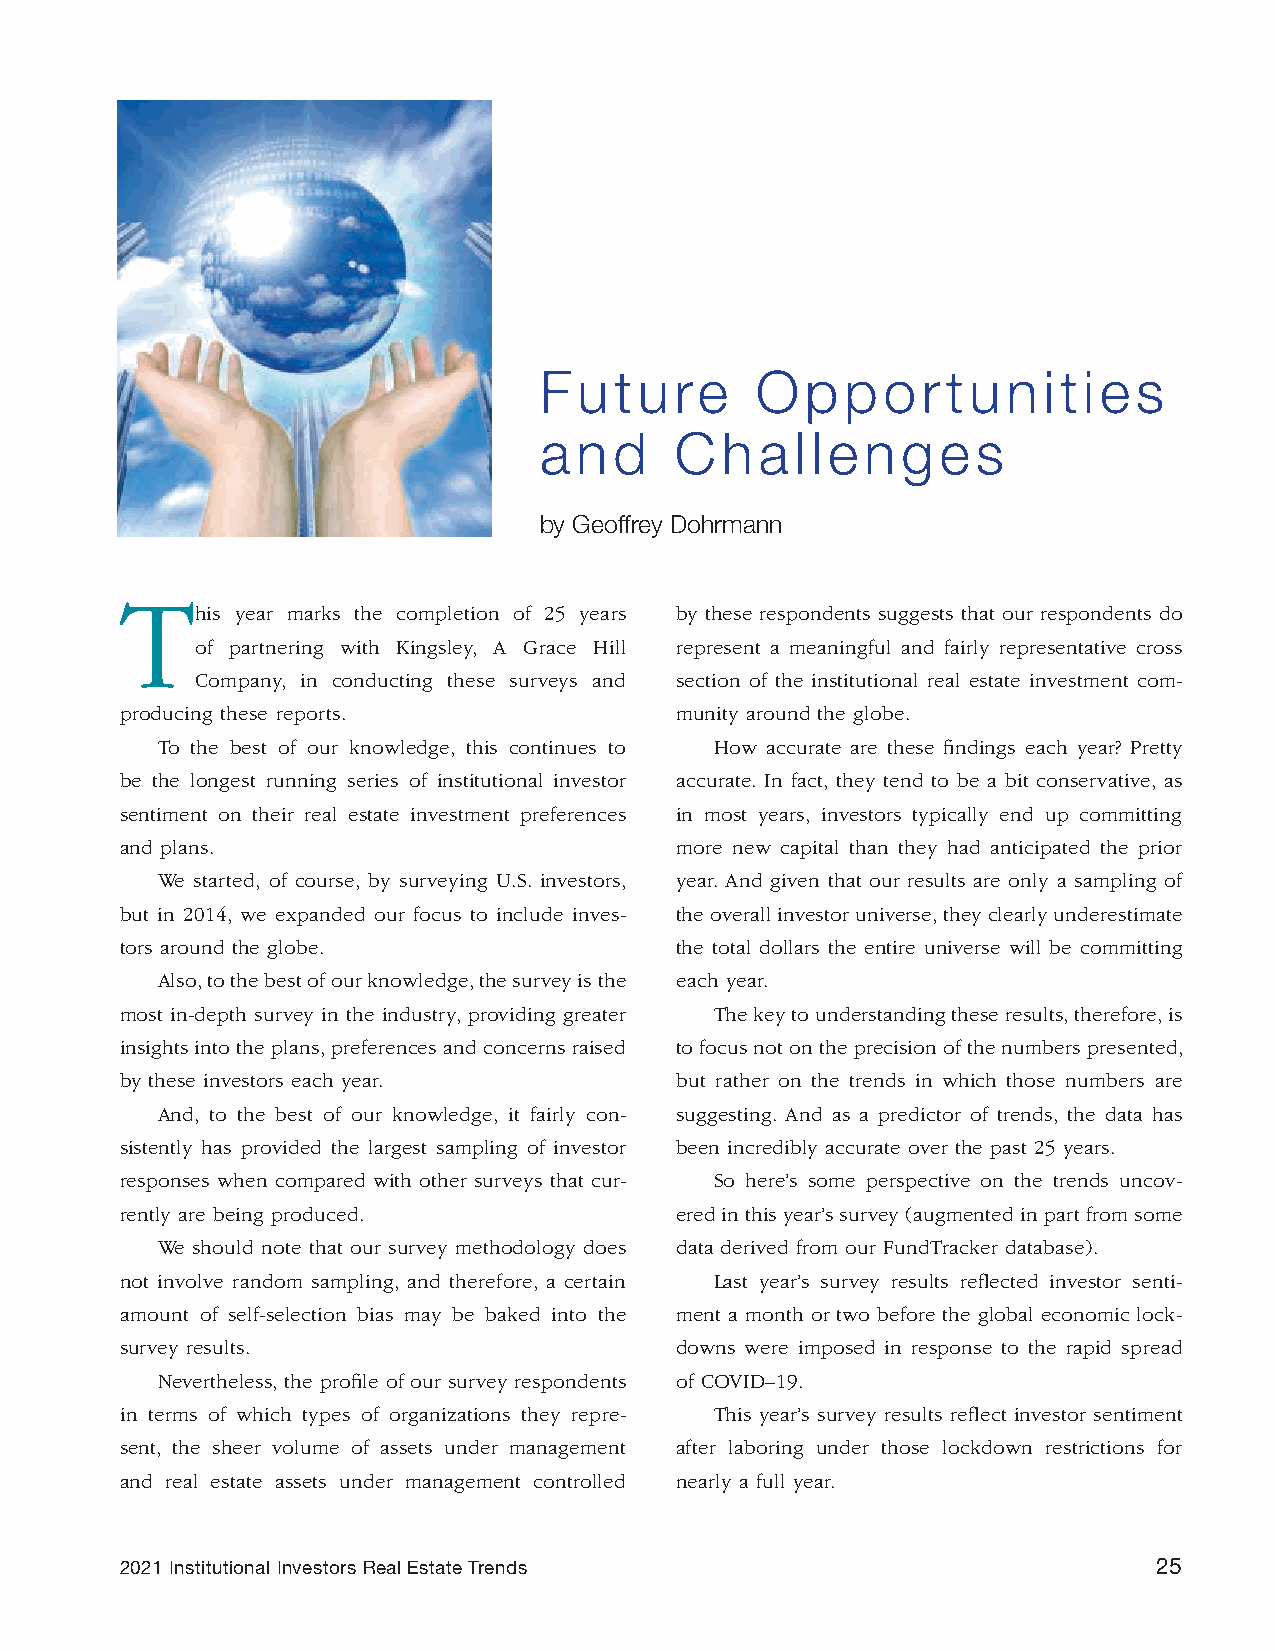
Future        Opportunities
 and      Challenges
 by Geoffrey Dohrmann
 T
 his year marks the completion of 25 years by these respondents suggests that our respondents do
 of partnering with Kingsley, A Grace Hill represent a meaningful and fairly representative cross
 Company, in conducting these surveys and section of the institutional real estate investment com-
 producing these reports.             munity around the globe.
 To the best of our knowledge, this continues to How accurate are these findings each year? Pretty
 be the longest running series of institutional investor accurate. In fact, they tend to be a bit conservative, as
 sentiment on their real estate investment preferences in most years, investors typically end up committing
 and plans.                           more new capital than they had anticipated the prior
 We started, of course, by surveying U.S. investors, year. And given that our results are only a sampling of
 but in 2014, we expanded our focus to include inves- the overall investor universe, they clearly underestimate
 tors around the globe.               the total dollars the entire universe will be committing
 Also, to the best of our knowledge, the survey is the each year.
 most in-depth survey in the industry, providing greater The key to understanding these results, therefore, is
 insights into the plans, preferences and concerns raised to focus not on the precision of the numbers presented,
 by these investors each year.        but rather on the trends in which those numbers are
 And, to the best of our knowledge, it fairly con- suggesting. And as a predictor of trends, the data has
 sistently has provided the largest sampling of investor been incredibly accurate over the past 25 years.
 responses when compared with other surveys that cur- So here’s some perspective on the trends uncov-
 rently are being produced.           ered in this year’s survey (augmented in part from some
 We should note that our survey methodology does data derived from our FundTracker database).
 not involve random sampling, and therefore, a certain Last year’s survey results reflected investor senti-
 amount of self-selection bias may be baked into the ment a month or two before the global economic lock-
 survey results.                      downs were imposed in response to the rapid spread
 Nevertheless, the profile of our survey respondents of COVID–19.
 in terms of which types of organizations they repre- This year’s survey results reflect investor sentiment
 sent, the sheer volume of assets under management after laboring under those lockdown restrictions for
 and real estate assets under management controlled nearly a full year.
 2021 Institutional Investors Real Estate Trends                      25